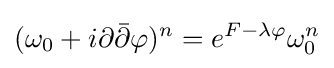
(\omega _{0}+i\partial {\bar {\partial }}\varphi )^{n}=e^{F-\lambda \varphi }\omega _{0}^{n}